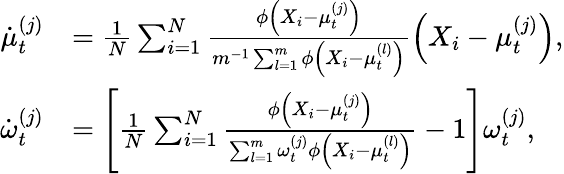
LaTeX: \begin{array}{rl}{\dot{\mu}_{t}^{(j)}}&{=\frac{1}{N}\sum_{i=1}^{N}\frac{\phi\left(X_{i}-\mu_{t}^{(j)}\right)}{m^{-1}\sum_{l=1}^{m}\phi\left(X_{i}-\mu_{t}^{(l)}\right)}\left(X_{i}-\mu_{t}^{(j)}\right),}\\ {\dot{\omega}_{t}^{(j)}}&{=\left[\frac{1}{N}\sum_{i=1}^{N}\frac{\phi\left(X_{i}-\mu_{t}^{(j)}\right)}{\sum_{l=1}^{m}\omega_{t}^{(j)}\phi\left(X_{i}-\mu_{t}^{(l)}\right)}-1\right]\omega_{t}^{(j)},}\end{array}